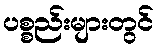
ပစ္စည်းများတွင်